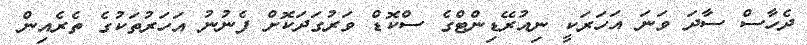
ދެހާސް ސާދަ ވަނަ އަހަރަކީ ނިއުރޭޑިންޓްގެ ސްކޮޑް ވަރުގަދަކޮށް ފެނުނު އަހަރުތަކުގެ ތެރެއިން